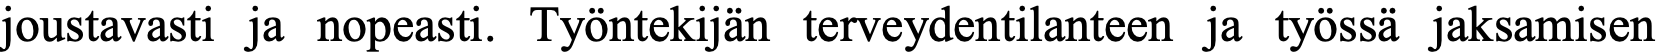
joustavasti ja nopeasti. Työntekijän terveydentilanteen ja työssä jaksamisen